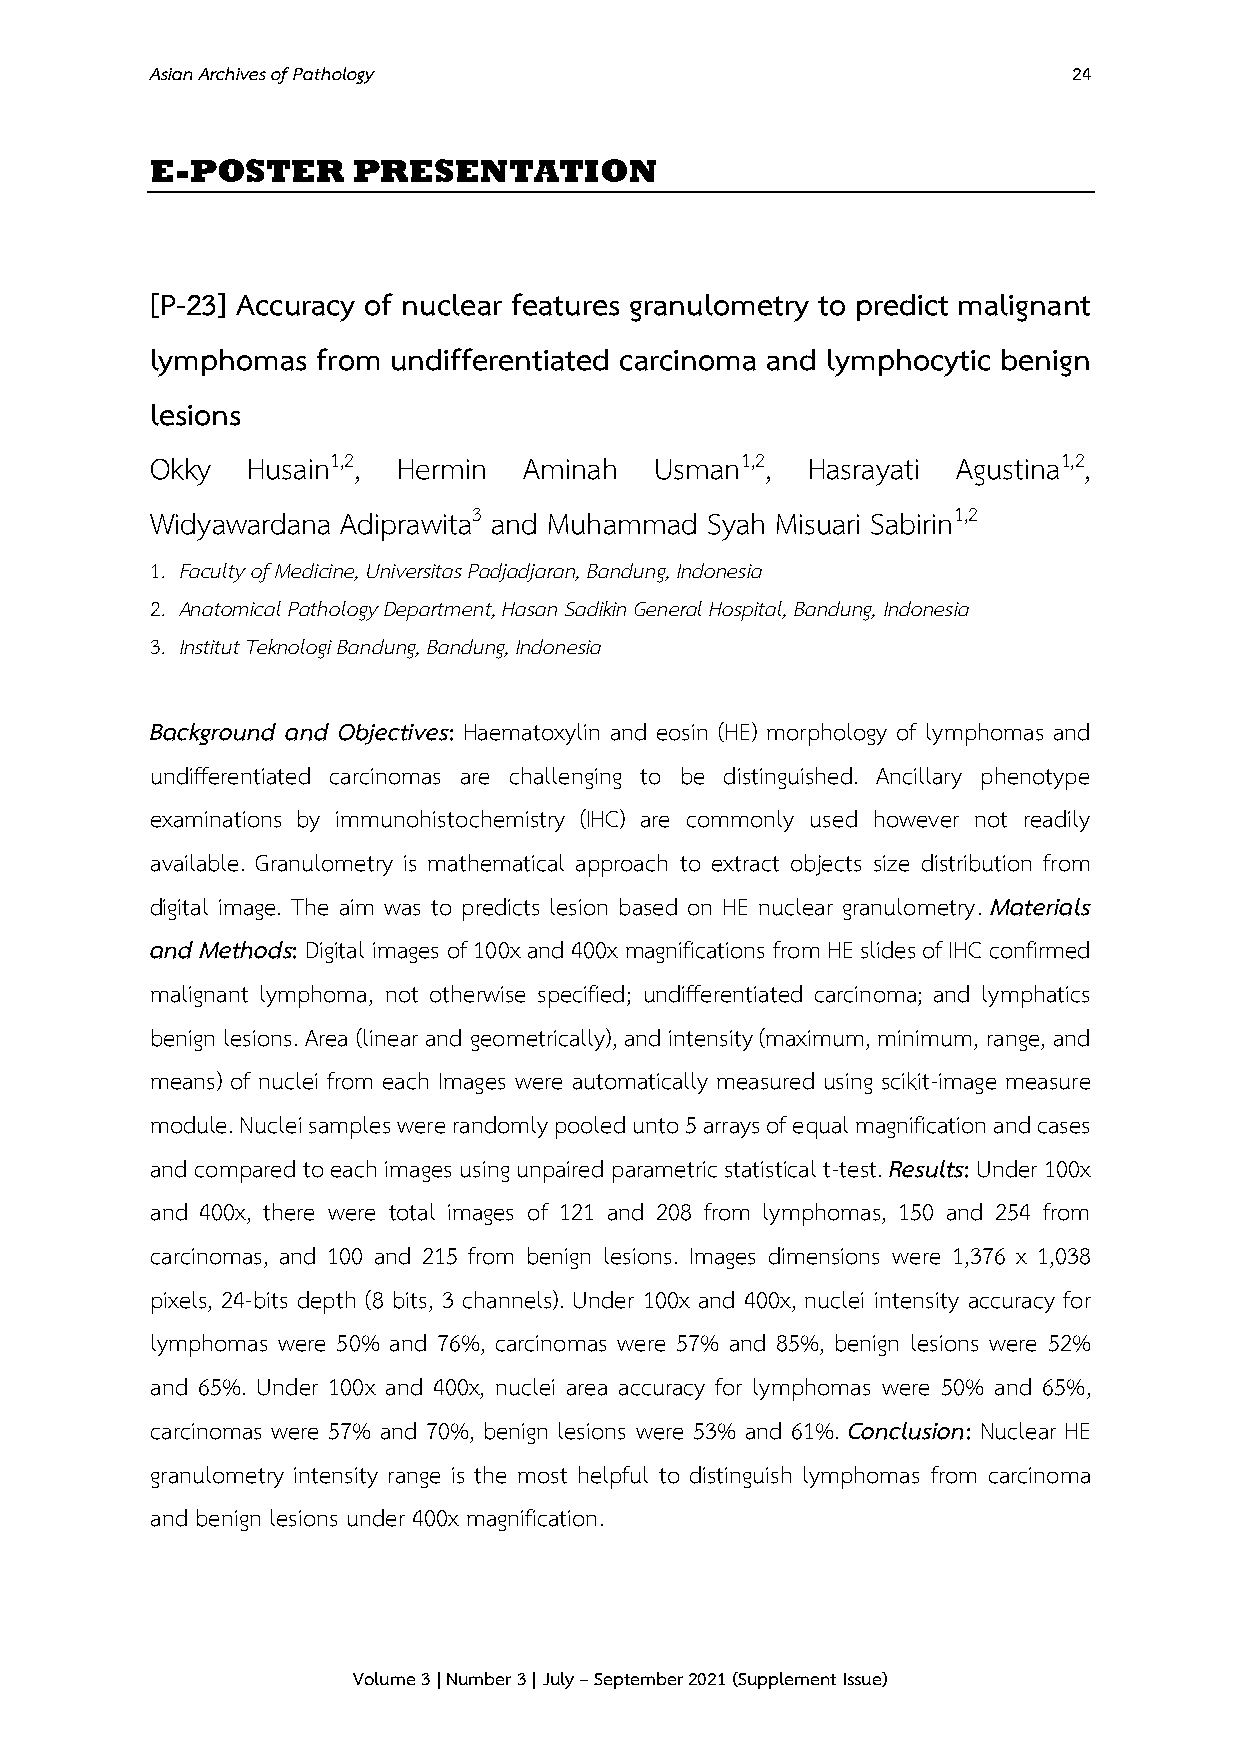
Asian Archives of Pathology                                  24
 E-POSTER     PRESENTATION
 [P-23] Accuracy of nuclear features granulometry to predict malignant
 lymphomas  from undifferentiated carcinoma and lymphocytic benign
 lesions
 Okky  Husain1,2, Hermin  Aminah  Usman1,2, Hasrayati Agustina1,2,
 Widyawardana Adiprawita3 and Muhammad Syah Misuari Sabirin1,2
 1. Faculty of Medicine, Universitas Padjadjaran, Bandung, Indonesia
 2. Anatomical Pathology Department, Hasan Sadikin General Hospital, Bandung, Indonesia
 3. Institut Teknologi Bandung, Bandung, Indonesia
 Background and Objectives: Haematoxylin and eosin (HE) morphology of lymphomas and
 undifferentiated carcinomas are challenging to be distinguished. Ancillary phenotype
 examinations by immunohistochemistry (IHC) are commonly used however not readily
 available. Granulometry is mathematical approach to extract objects size distribution from
 digital image. The aim was to predicts lesion based on HE nuclear granulometry. Materials
 and Methods: Digital images of 100x and 400x magnifications from HE slides of IHC confirmed
 malignant lymphoma, not otherwise specified; undifferentiated carcinoma; and lymphatics
 benign lesions. Area (linear and geometrically), and intensity (maximum, minimum, range, and
 means) of nuclei from each Images were automatically measured using scikit-image measure
 module. Nuclei samples were randomly pooled unto 5 arrays of equal magnification and cases
 and compared to each images using unpaired parametric statistical t-test. Results: Under 100x
 and 400x, there were total images of 121 and 208 from lymphomas, 150 and 254 from
 carcinomas, and 100 and 215 from benign lesions. Images dimensions were 1,376 x 1,038
 pixels, 24-bits depth (8 bits, 3 channels). Under 100x and 400x, nuclei intensity accuracy for
 lymphomas were 50% and 76%, carcinomas were 57% and 85%, benign lesions were 52%
 and 65%. Under 100x and 400x, nuclei area accuracy for lymphomas were 50% and 65%,
 carcinomas were 57% and 70%, benign lesions were 53% and 61%. Conclusion: Nuclear HE
 granulometry intensity range is the most helpful to distinguish lymphomas from carcinoma
 and benign lesions under 400x magnification.
 Volume 3 | Number 3 | July – September 2021 (Supplement Issue)